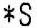
*S